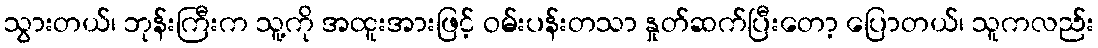
သွားတယ်၊ ဘုန်းကြီးက သူ့ကို အထူးအားဖြင့် ဝမ်းပန်းတသာ နှုတ်ဆက်ပြီးတော့ ပြောတယ်၊ သူကလည်း